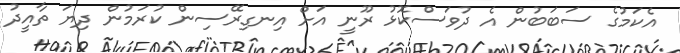
އެކަމުގެ ސަބަބުން އެ ދުވަސްކޮޅު ރޫނީ އަށް އިނގިރޭސިން ކުރަމުން ދިޔަ ތާއީދު